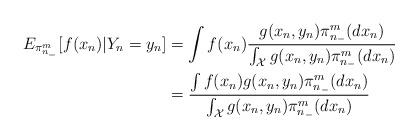
LaTeX: \begin{align*}E_{\pi^m_{n_-}}[f(x_n)|Y_n=y_n] &= \int f(x_{n}) \frac{g(x_{n},y_{n}) \pi^m_{n_-}(dx_n)} {\int_{\mathcal{X}} g(x_{n},y_{n}) \pi^m_{n_-}(dx_n)} \\&= \frac{ \int f(x_{n}) g(x_{n},y_{n}) \pi^m_{n_-}(dx_n)} {\int_{\mathcal{X}} g(x_{n},y_{n}) \pi^m_{n_-}(dx_n)} \end{align*}